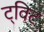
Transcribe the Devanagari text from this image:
ट्‌विट